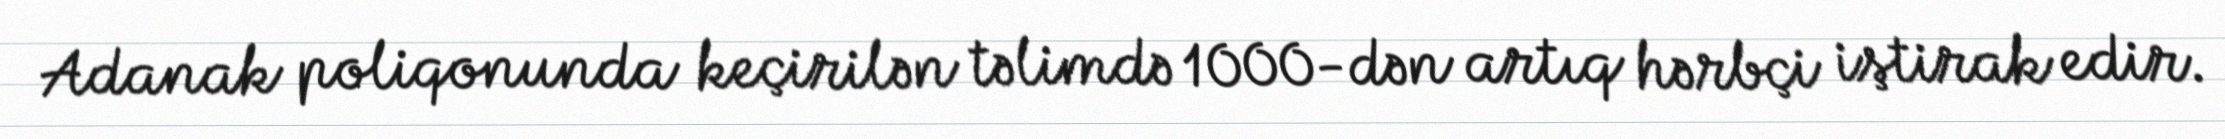
Adanak poliqonunda keçirilən təlimdə 1000-dən artıq hərbçi iştirak edir.